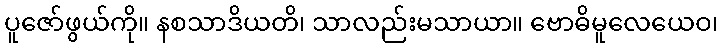
ပူဇော်ဖွယ်ကို။ နစသာဒိယတိ၊ သာလည်းမသာယာ။ ဗောဓိမူလေယေဝ၊